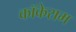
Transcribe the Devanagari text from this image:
कॉकेराम